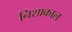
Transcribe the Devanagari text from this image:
निशाकाल